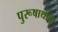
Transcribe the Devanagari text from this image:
पुरूषार्थाचा